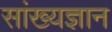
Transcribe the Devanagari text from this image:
सांख्यज्ञान